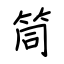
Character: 筒